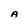
Character: A